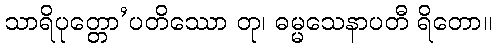
သာရိပုတ္တော’ပတိဿော တု၊ ဓမ္မသေနာပတီ ရိတော။